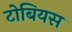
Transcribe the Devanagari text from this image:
टोबियस